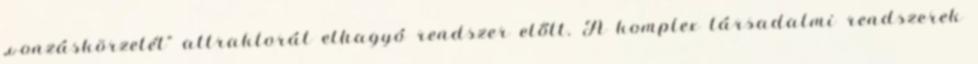
„vonzáskörzetét” attraktorát elhagyó rendszer előtt. A komplex társadalmi rendszerek